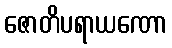
ဇောတိပရာယဏော